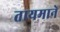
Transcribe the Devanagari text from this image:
तायमाने